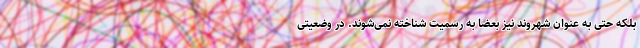
بلکه حتی به عنوان شهروند نیز بعضا به رسمیت شناخته نمی‌شوند. در وضعیتی